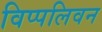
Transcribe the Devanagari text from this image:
विप्पलिवन